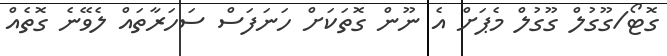
ގޮޓޯ/ގޫގުލް ގޫގުލް މެޕަށް އެ ނޫން ގޮތަކަށް ހަނަފަސް ސަހަރާތައް ލެވޭނެ ގޮތެއް